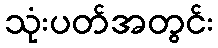
သုံးပတ်အတွင်း